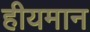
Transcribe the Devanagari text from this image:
हीयमान